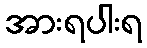
အားရပါးရ